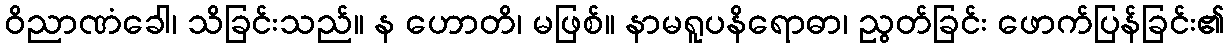
ဝိညာဏံခေါ၊ သိခြင်းသည်။ န ဟောတိ၊ မဖြစ်။ နာမရူပနိရောဓာ၊ ညွတ်ခြင်း ဖောက်ပြန်ခြင်း၏